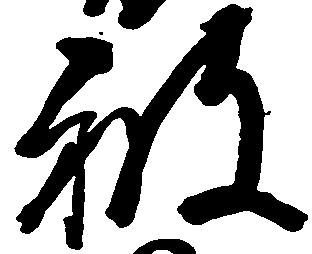
被